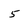
Character: 5